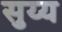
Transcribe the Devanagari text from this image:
सुय्य